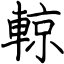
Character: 輬